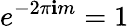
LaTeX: e^{-2\pi\mathbf{i}m}=1